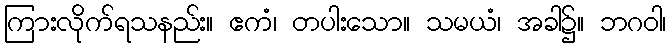
ကြားလိုက်ရသနည်း။ ဧကံ၊ တပါးသော။ သမယံ၊ အခါ၌။ ဘဂဝါ၊